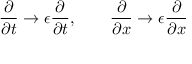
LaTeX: { \frac { \partial } { \partial t } } \rightarrow \epsilon { \frac { \partial } { \partial t } } , \qquad { \frac { \partial } { \partial x } } \rightarrow \epsilon { \frac { \partial } { \partial x } }